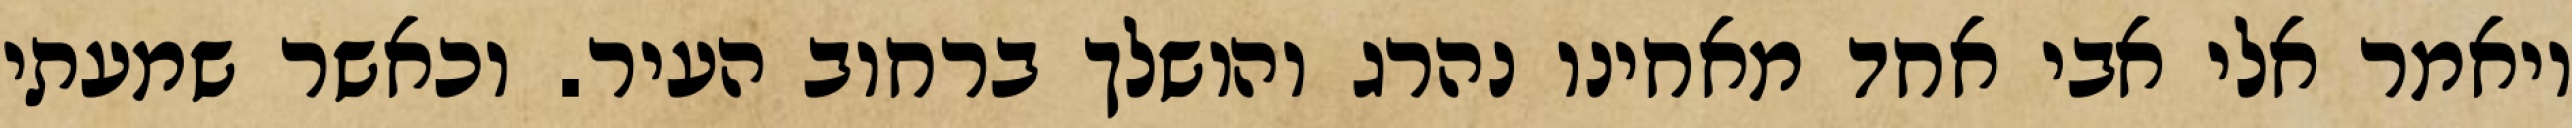
ויאמר אלי אבי אחד מאחינו נהרג והושלך ברחוב העיר. וכאשר שמעתי